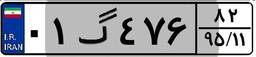
۸۱گ۹۴۵۳۰